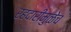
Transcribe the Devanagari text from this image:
रहदारीमुळेच